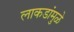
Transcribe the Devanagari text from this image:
लाकडांमुळे